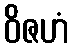
ဝိဇဟံ